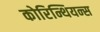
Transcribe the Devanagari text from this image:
कोरिन्थियन्स